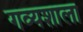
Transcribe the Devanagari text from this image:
गव्यशाला